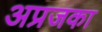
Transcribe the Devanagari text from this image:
अप्रजका